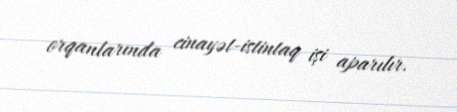
orqanlarında cinayət-istintaq işi aparılır.